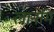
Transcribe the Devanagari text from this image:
लानेमि